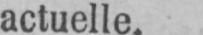
actuelle.